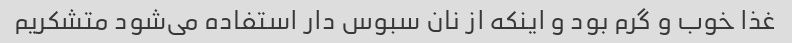
غذا خوب و گرم بود و اینکه از نان سبوس دار استفاده می‌شود متشکریم